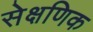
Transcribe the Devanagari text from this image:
सेक्षणिक